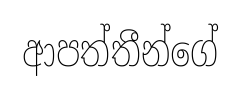
ආපත්තීන්ගේ